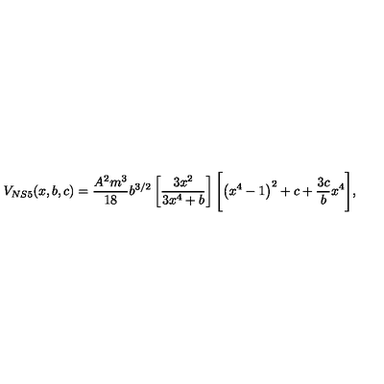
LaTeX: V _ { N S 5 } ( x , b , c ) = \frac { A ^ { 2 } m ^ { 3 } } { 1 8 } b ^ { 3 / 2 } \left[ \frac { 3 x ^ { 2 } } { 3 x ^ { 4 } + b } \right] \Biggl [ \left( x ^ { 4 } - 1 \right) ^ { 2 } + c + \frac { 3 c } { b } x ^ { 4 } \Biggr ] ,